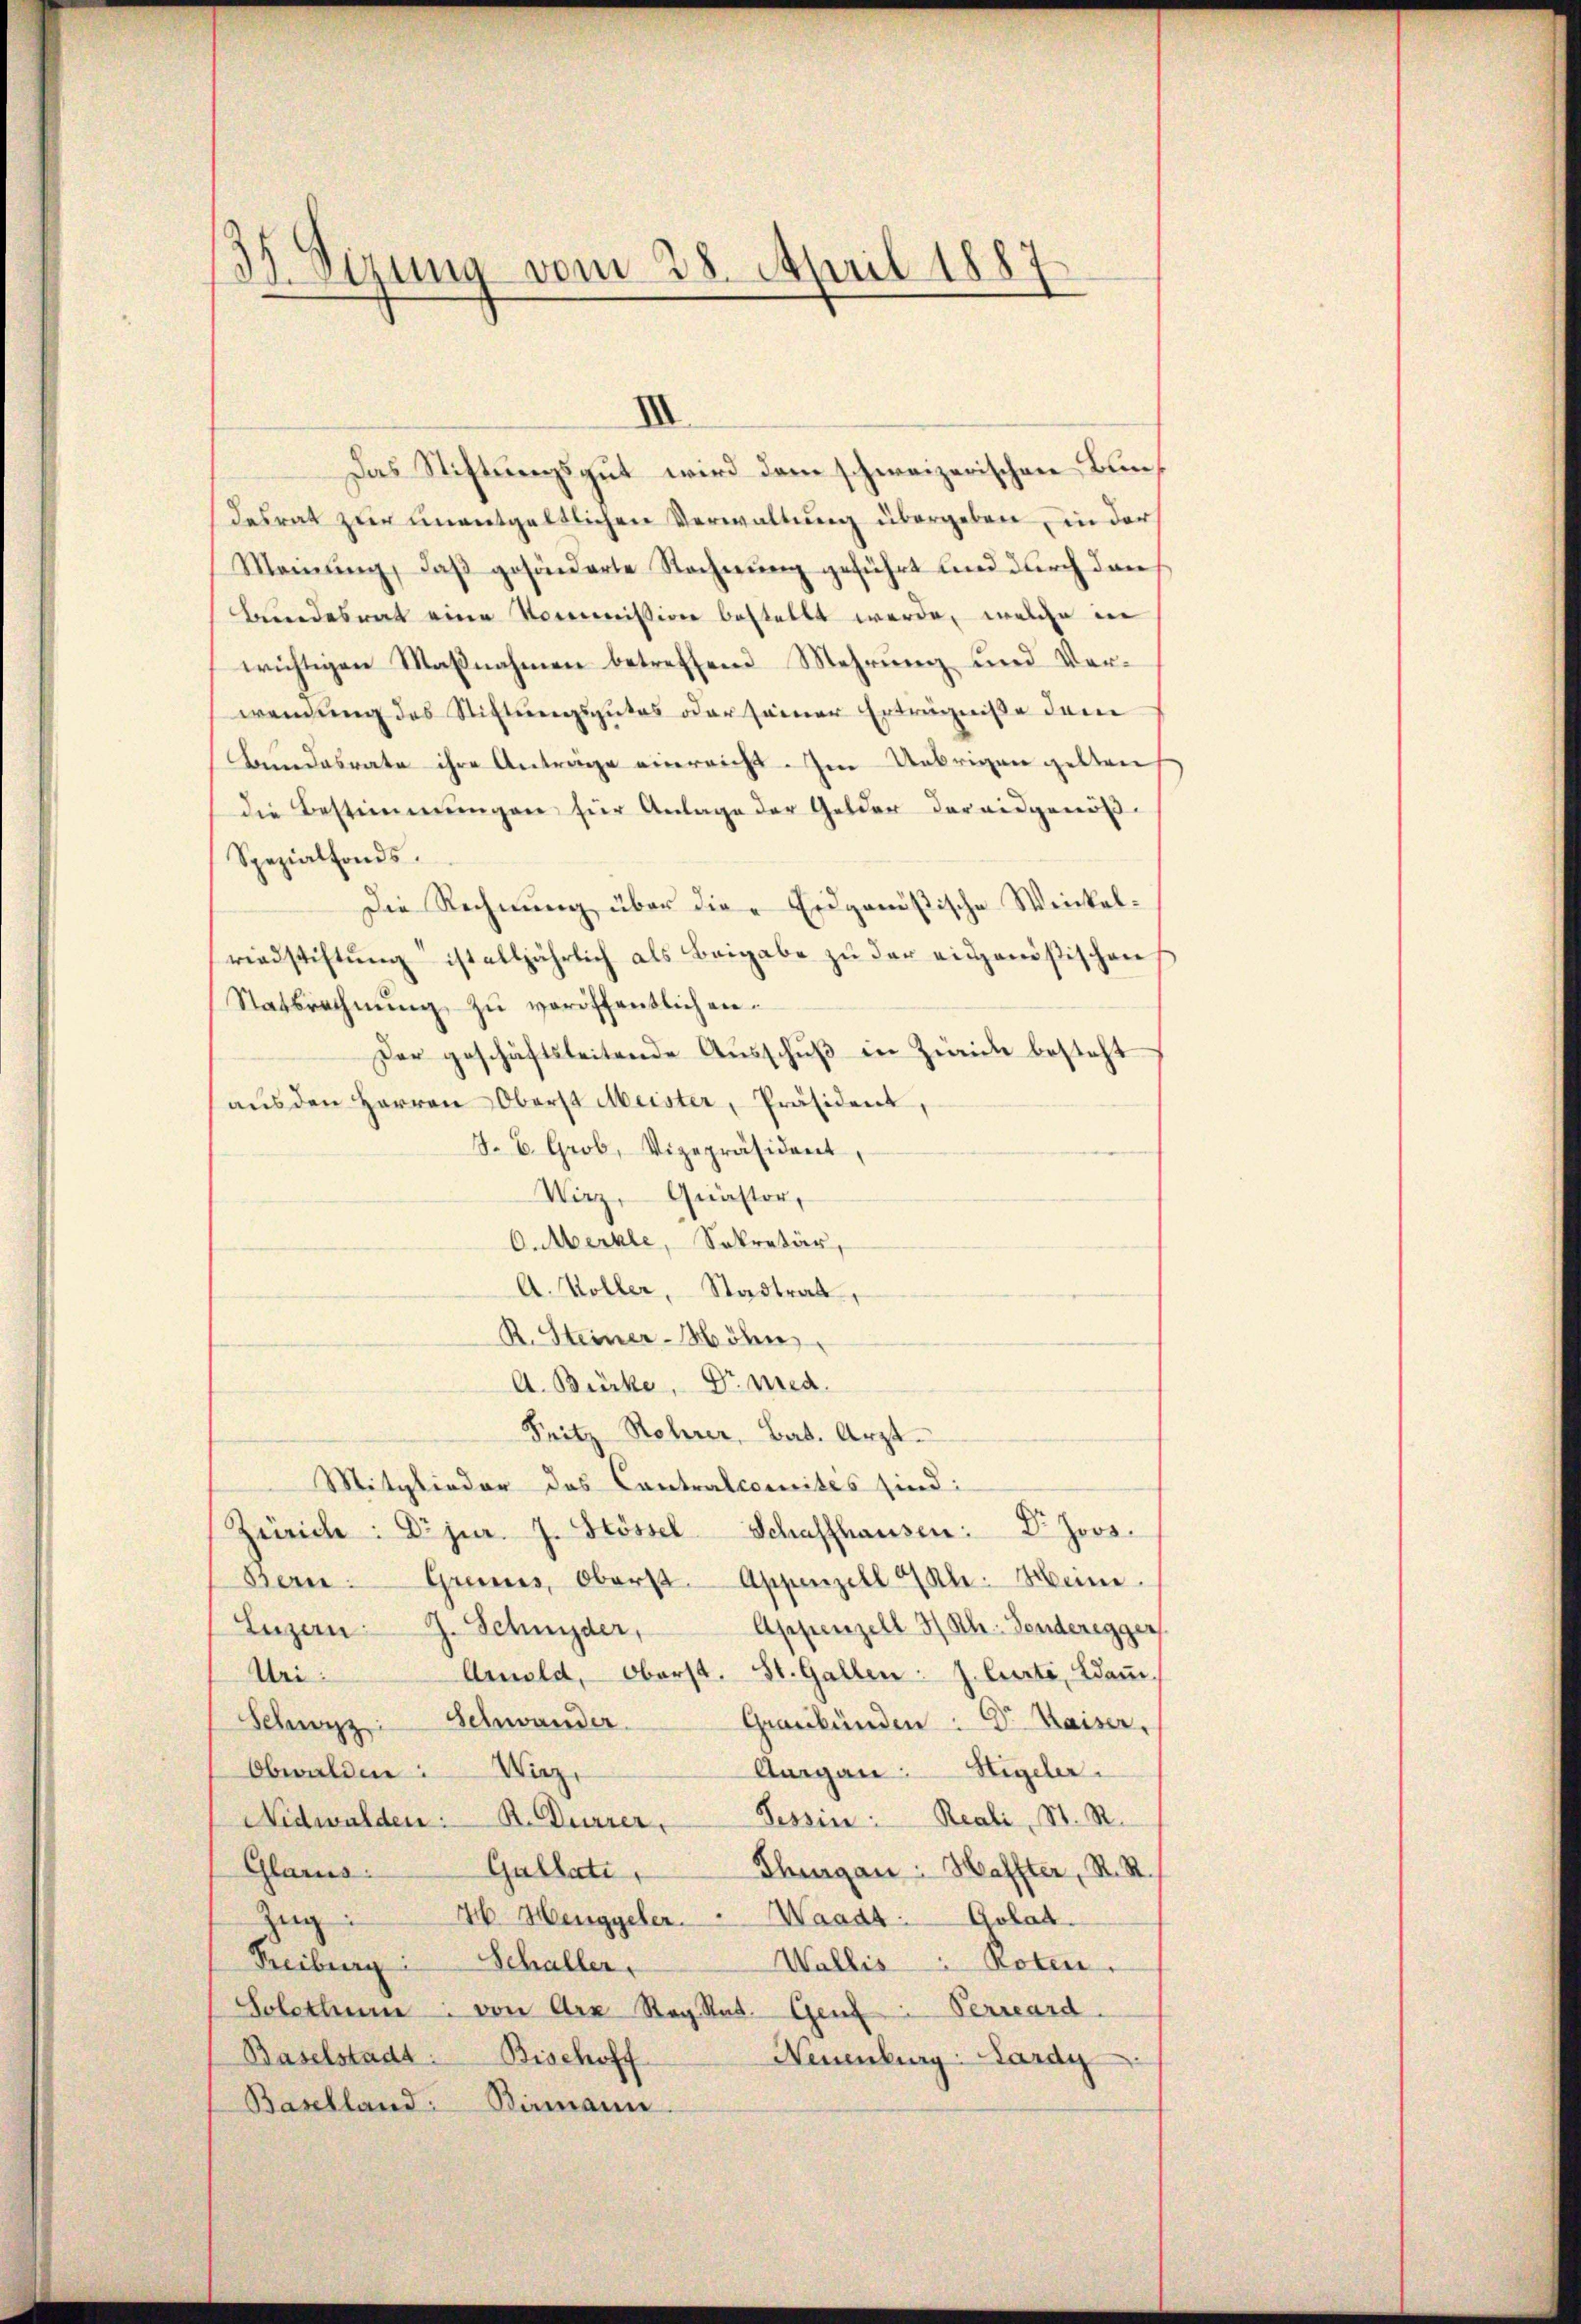
Das Stiftungsgut wird dem schweizerischen Bundesrat zur unentgeltlichen Verwaltung übergeben in der
Meinung, daß gesönderte Rechnung geführt und durch dan
Bundesrat eine Kommission bestellt werde, welche in
wichtigen Maßnahmen betreffend Mehrung und Verwendung des Stiftungsgutes oder seiner Erträgniße dem
Bundesrate ihre Anträge einreicht. Im Uebrigen gelten
die Bestimmungen für Anlage der Gelder darausgenöß¬
Spezialfonds.
Die Rechnung über die Eidgenößische Weickelrindstiftung ist alljährlich als Beigabe zu der eidgenößischen
Statsrechnŭng zŭ veröffentlichen.
Der geschäftsleitende Aŭsschŭβ in Zürich besteht
aŭs den Herren Oberst Meister, Präsident,
J. B. Grob, Vizepräsident
Wirz, Quästor,
6. Merkle, Sekretär,
A. Voller, Stadtrat,
R. Steiner - Möbe
A. Bürke, Dr. med.
Fritz Rohrer, Bat. Arzt-
Mitglieder das Contralcomités sind:
d
Dr. Jos.
Zürich: Dr jur. J. Stössel Schaffhausen:
Bern. Grenes, Oberst Appenzell Cl. Heine
Appenzell Ah. Gonderegger
Luzern. J. Schnyder,
Arnold, Oberst. St. Gallen: J. Curti, Bau
Uri
Schwyz: Schwander.
Graubünden : Dr. Kaiser,
Augan. Sigeler.
Obwalden: Wirz,
Nidwalden: R. Dürrer, Tessin: Reali, St. R.
Gullati,
Glarus:
Thurgau: Haffter, R. R.
Zug: 46. Henggeler. Waadt Golat
Freiburg Schaller,
Wallis Roten.
Solothur von Arx RegRat. Genf Terrard
Baselstadt Bischoff
Neuenburg: Lardy
Baselland: Birmann

35. Sizung vom 28. April 1887
e

I